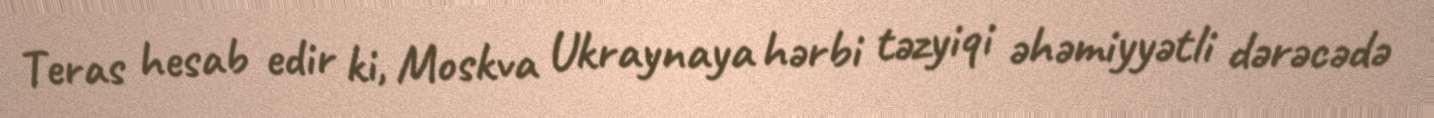
Teras hesab edir ki, Moskva Ukraynaya hərbi təzyiqi əhəmiyyətli dərəcədə